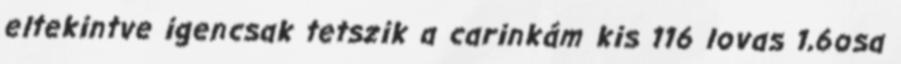
eltekintve igencsak tetszik a carinkám kis 116 lovas 1,6osa